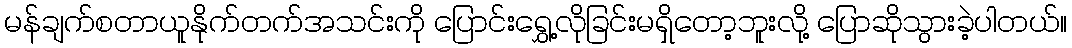
မန်ချက်စတာယူနိုက်တက်အသင်းကို ပြောင်းရွှေ့လိုခြင်းမရှိတော့ဘူးလို့ ပြောဆိုသွားခဲ့ပါတယ်။